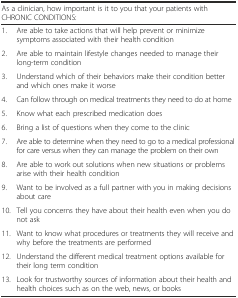
<table><thead><tr><td colspan="2"><b>As a clinician, how important is it to you that your patients with CHRONIC CONDITIONS:</b></td></tr></thead><tbody><tr><td>1.</td><td>Are able to take actions that will help prevent or minimize symptoms associated with their health condition</td></tr><tr><td>2.</td><td>Are able to maintain lifestyle changes needed to manage their long-term condition</td></tr><tr><td>3.</td><td>Understand which of their behaviors make their condition better and which ones make it worse</td></tr><tr><td>4.</td><td>Can follow through on medical treatments they need to do at home</td></tr><tr><td>5.</td><td>Know what each prescribed medication does</td></tr><tr><td>6.</td><td>Bring a list of questions when they come to the clinic</td></tr><tr><td>7.</td><td>Are able to determine when they need to go to a medical professional for care versus when they can manage the problem on their own</td></tr><tr><td>8.</td><td>Are able to work out solutions when new situations or problems arise with their health condition</td></tr><tr><td>9.</td><td>Want to be involved as a full partner with you in making decisions about care</td></tr><tr><td>10.</td><td>Tell you concerns they have about their health even when you do not ask</td></tr><tr><td>11.</td><td>Want to know what procedures or treatments they will receive and why before the treatments are performed</td></tr><tr><td>12.</td><td>Understand the different medical treatment options available for their long term condition</td></tr><tr><td>13.</td><td>Look for trustworthy sources of information about their health and health choices such as on the web, news, or books</td></tr></tbody></table>